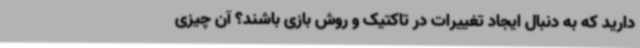
دارید که به دنبال ایجاد تغییرات در تاکتیک و روش بازی باشند؟ آن چیزی